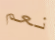
نعم